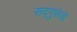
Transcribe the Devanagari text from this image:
सद्गुरूंचे